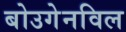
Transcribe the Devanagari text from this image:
बोउगेनविल